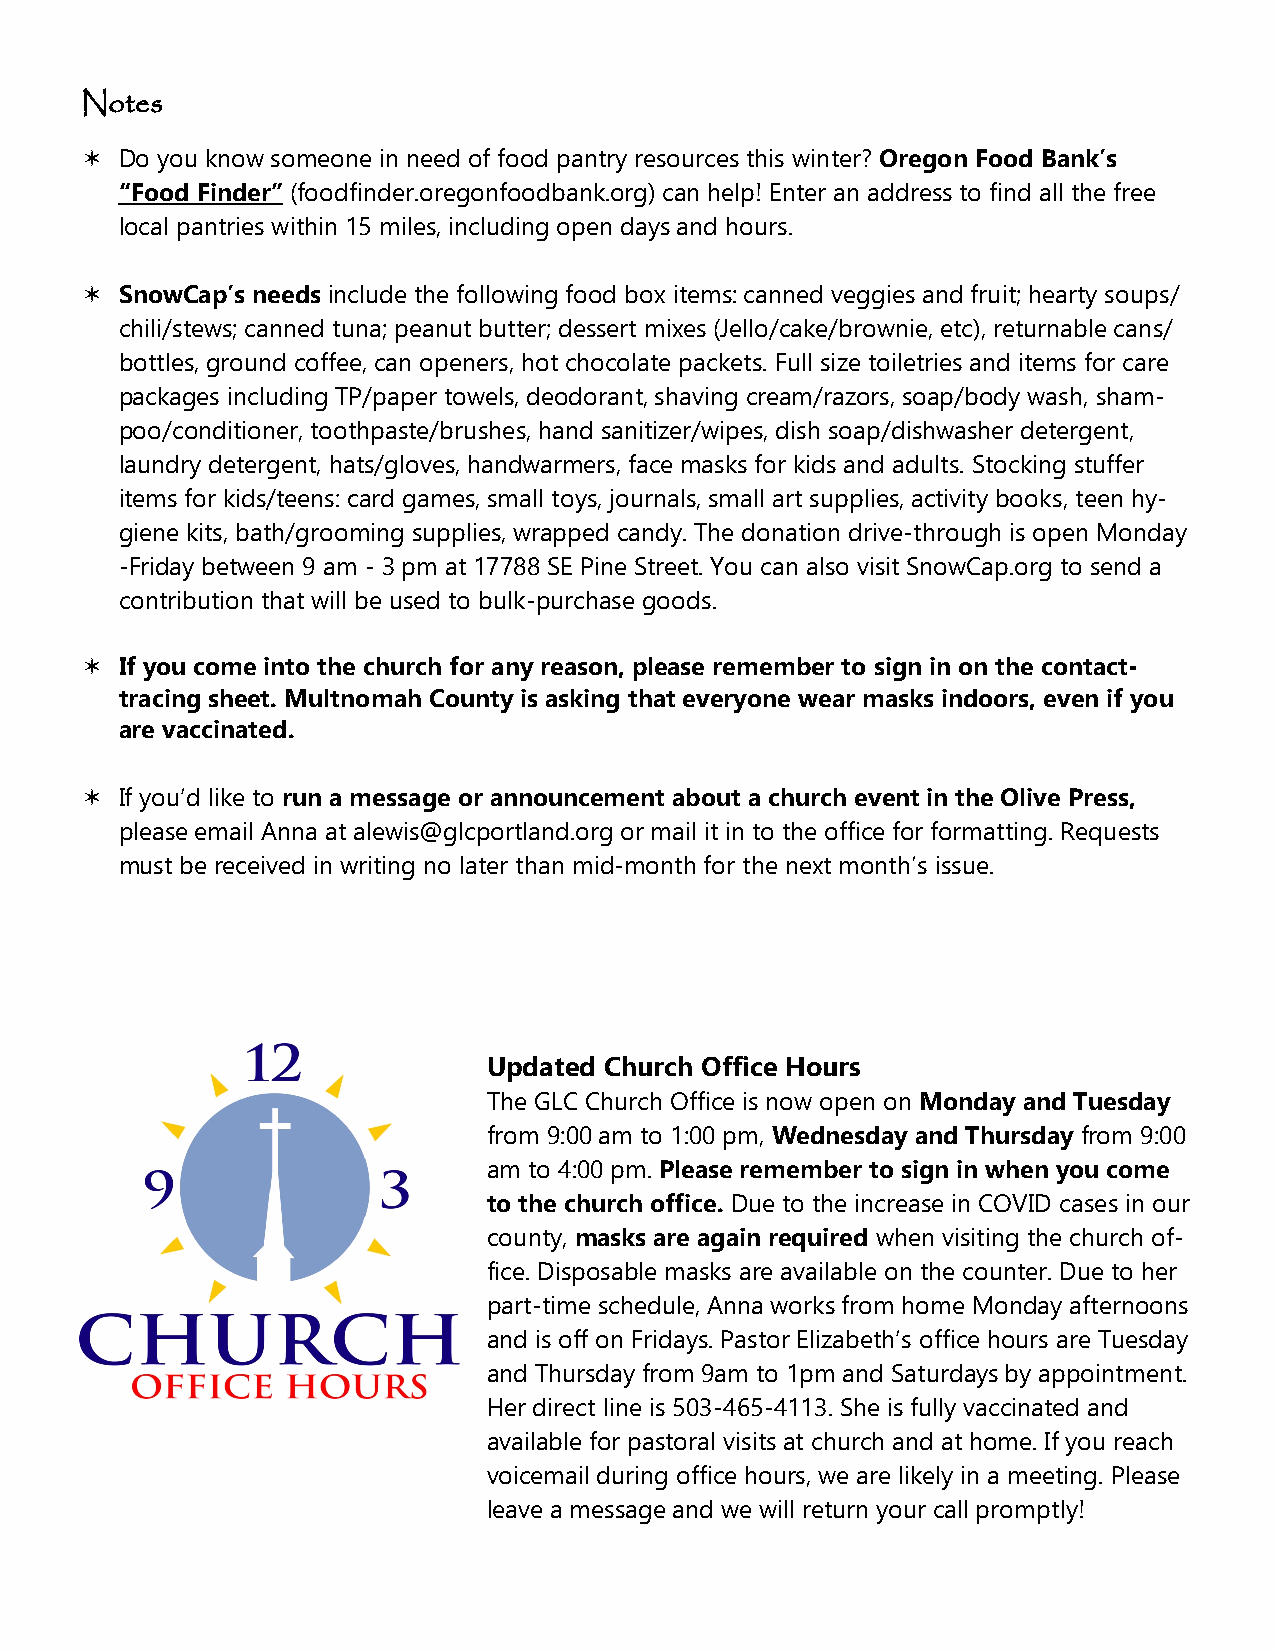
Notes
   Do you know someone in need of food pantry resources this winter? Oregon Food Bank’s
 “Food Finder” (foodfinder.oregonfoodbank.org) can help! Enter an address to find all the free
 local pantries within 15 miles, including open days and hours.
   SnowCap’s needs include the following food box items: canned veggies and fruit; hearty soups/
 chili/stews; canned tuna; peanut butter; dessert mixes (Jello/cake/brownie, etc), returnable cans/
 bottles, ground coffee, can openers, hot chocolate packets. Full size toiletries and items for care
 packages including TP/paper towels, deodorant, shaving cream/razors, soap/body wash, sham-
 poo/conditioner, toothpaste/brushes, hand sanitizer/wipes, dish soap/dishwasher detergent,
 laundry detergent, hats/gloves, handwarmers, face masks for kids and adults. Stocking stuffer
 items for kids/teens: card games, small toys, journals, small art supplies, activity books, teen hy-
 giene kits, bath/grooming supplies, wrapped candy. The donation drive-through is open Monday
 -Friday between 9 am - 3 pm at 17788 SE Pine Street. You can also visit SnowCap.org to send a
 contribution that will be used to bulk-purchase goods.
   If you come into the church for any reason, please remember to sign in on the contact-
 tracing sheet. Multnomah County is asking that everyone wear masks indoors, even if you
 are vaccinated.
   If you’d like to run a message or announcement about a church event in the Olive Press,
 please email Anna at alewis@glcportland.org or mail it in to the office for formatting. Requests
 must be received in writing no later than mid-month for the next month’s issue.
 Updated Church Office Hours
 The GLC Church Office is now open on Monday and Tuesday
 from 9:00 am to 1:00 pm, Wednesday and Thursday from 9:00
 am to 4:00 pm. Please remember to sign in when you come
 to the church office. Due to the increase in COVID cases in our
 county, masks are again required when visiting the church of-
 fice. Disposable masks are available on the counter. Due to her
 part-time schedule, Anna works from home Monday afternoons
 and is off on Fridays. Pastor Elizabeth’s office hours are Tuesday
 and Thursday from 9am to 1pm and Saturdays by appointment.
 Her direct line is 503-465-4113. She is fully vaccinated and
 available for pastoral visits at church and at home. If you reach
 voicemail during office hours, we are likely in a meeting. Please
 leave a message and we will return your call promptly!